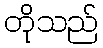
တိုသည်